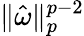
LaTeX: \| \hat{\omega}\| _{p}^{p-2}